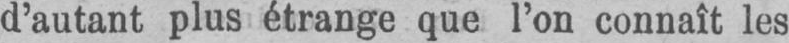
d’autant plus étrange que l’on connaît les